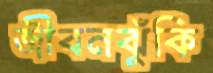
জীবনঝুঁকি